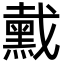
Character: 䵧